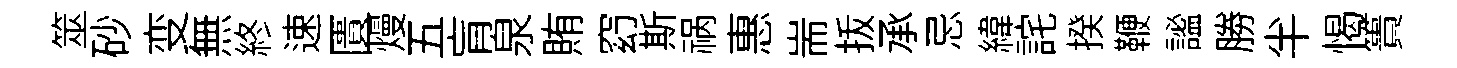
筮砂变無終速匱熳五肓泉賄𥥆斯祸惠耑㧞承忌緯詫揆鞭謐勝半愒簣